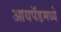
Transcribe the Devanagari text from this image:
आयपॅडमध्ये